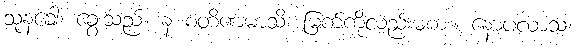
သုနခေါ၊ ခွေးသည်။ န စတိဏမာသိ၊ မြက်ကိုလည်းမစား။ နောပလာသံ၊